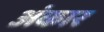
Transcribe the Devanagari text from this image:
अंकार